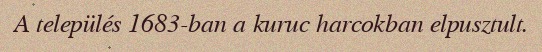
A település 1683-ban a kuruc harcokban elpusztult.